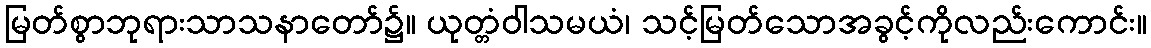
မြတ်စွာဘုရားသာသနာတော်၌။ ယုတ္တံဝါသမယံ၊ သင့်မြတ်သောအခွင့်ကိုလည်းကောင်း။